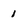
Character: 1